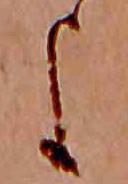
よ